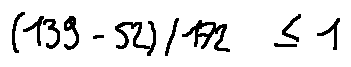
( 1 3 9 - 5 2 ) / 1 7 2 \leq 1